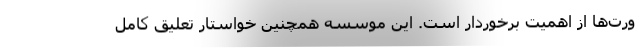
ورت‌ها از اهمیت برخوردار است. این موسسه همچنین خواستار تعلیق کامل